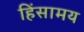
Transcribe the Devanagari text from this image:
हिंसामय